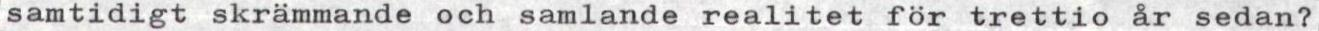
samtidigt skrämmande och samlande realitet för trettio år sedan?